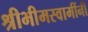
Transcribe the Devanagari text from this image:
श्रीभीमस्वामींनी